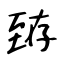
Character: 臶